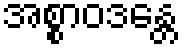
အစ္စာဝဒန္တေ